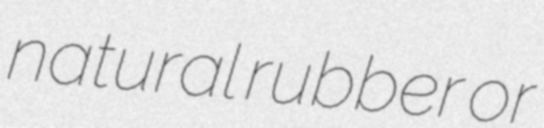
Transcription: natural rubber or